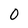
Character: 0